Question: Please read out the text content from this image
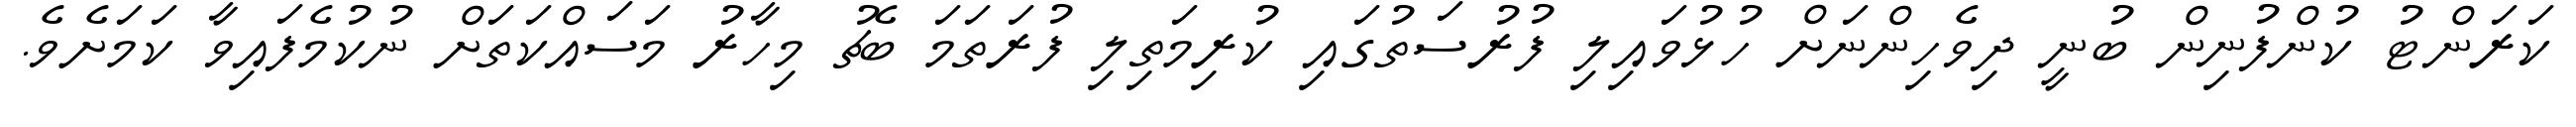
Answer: ކަރަންޓު ކުންފުނިން ބުނީ ދިވެހިންނަށް ހުޅުވައިލި ފުރުސަތުގައި ކުރިމަތިލި ފުރަތަމަ ބެޗު މިހާރު މަސައްކަތަށް ނުކުމެފައިވާ ކަމަށެވެ.